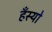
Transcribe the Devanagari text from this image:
हँस्‍यो